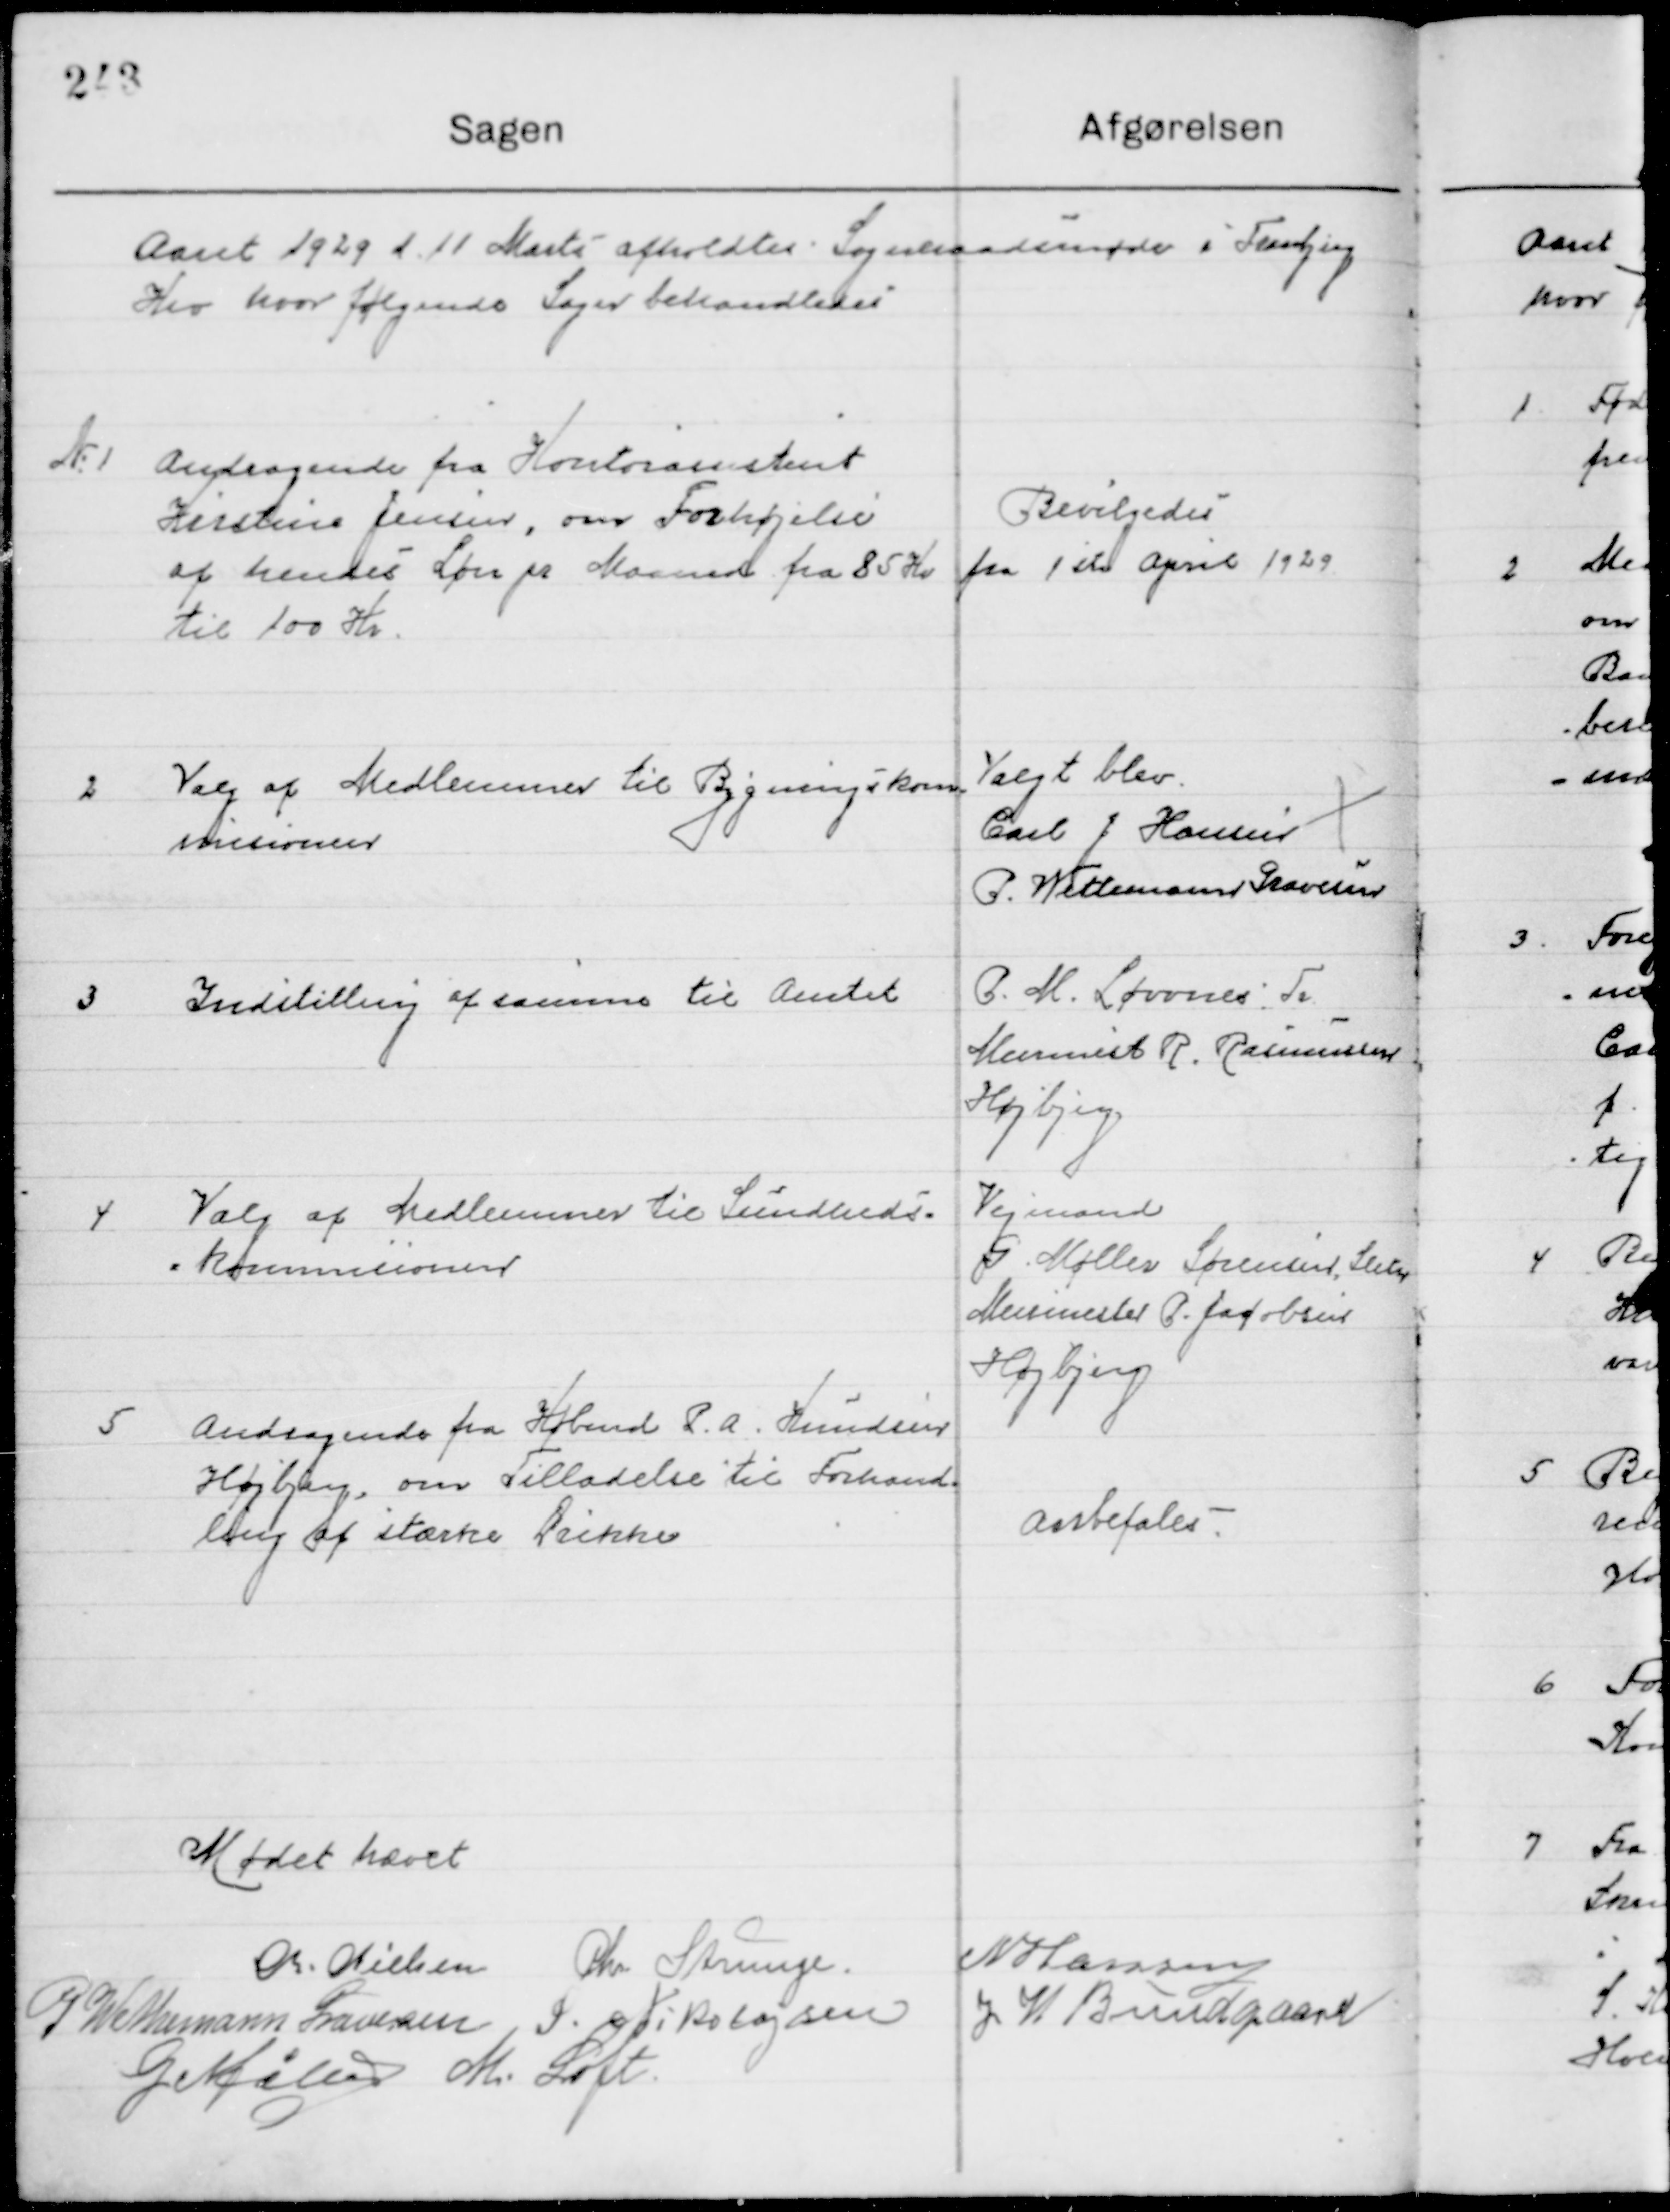
Transskription:
Aaret 1929 d. 11 Marts afholdtes Sogneraadsmøde i Tranbjerg 
Kro hvor følgende Sager behandledes.

1

Andragende fra Kontorassistent
Kirstine Jensen, om Forhøjelse
af hendes Løn pr. Maaned fra 85 Kr.
til 100 Kr.

Bevilgedes
fra 1ste April 1929

2

Valg af Medlemmer til Bygnings-
kommissionen

Valgt blev
Carl J. Hansen
P Wettemann Graversen

3

Indstilling af samme til Amtet

G. M. Sørensen Tr.
Murermester R. Rasmussen
Højbjerg

4

Valg af Medlemmer til Sundheds-
kommissionen

Vejmand
G. Møller, Sørensen Sleth
Murermester P. Jacobsen
Højbjerg

5

Andragende fra Købm. P. A. Knudsen
Højbjerg, om Tilladelse til Forhand- 
ling af stærke Drikke

Anbefales

Mødet hævet

M. Nielsen
Chr. Strunge
H. Hansen
P. Wettmann Graversen
S. Nikolajsen
J. W. Bundgaard
G. Møller
M. Loft